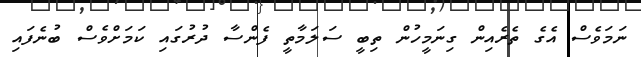
ނަމަވެސް އެގެ ތެރެއިން ގިނަމީހުން ތިބީ ސަލަމާތީ ފެންސާ ދުރުގައި ކަމަށްވެސް ބުނެފައި